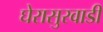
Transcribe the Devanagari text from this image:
घेरासुरवाडी